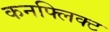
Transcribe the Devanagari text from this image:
कनफ्लिक्ट